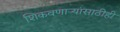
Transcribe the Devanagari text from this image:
शिकवणार्‍यांसाठीही